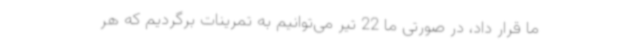
ما قرار داد، در صورتی ما 22 تیر می‌توانیم به تمرینات برگردیم که هر